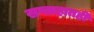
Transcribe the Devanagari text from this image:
सप्ताहातही